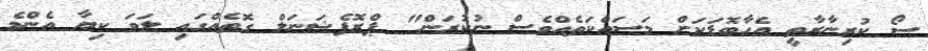
ސޯ ކުރިނާރާތީ އެހާބޮޑަކަށް މަސައްކަތެއްވެސް ނުކުރަން" ޕްރޮފެޝަނަލް ގޮތެއްގައި ލަވަ ކިޔާ އެންމެ